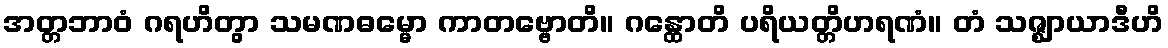
အတ္တဘာဝံ ဂရဟိတွာ သမဏဓမ္မော ကာတဗ္ဗောတိ။ ဂန္ထောတိ ပရိယတ္တိဟရဏံ။ တံ သဇ္ဈာယာဒီဟိ